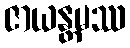
ဇာယန္တမဿ